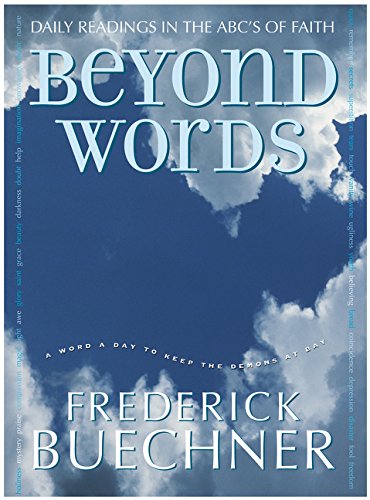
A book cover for Beyond Words: Daily Readings in the ABC's of Faith (Buechner, Frederick); Frederick Buechner; Christian Books & Bibles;